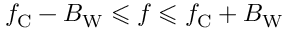
f _ { \mathrm { C } } - B _ { \mathrm { W } } \leqslant f \leqslant f _ { \mathrm { C } } + B _ { \mathrm { W } }